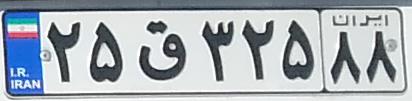
۲۵ق۳۲۵۸۸